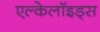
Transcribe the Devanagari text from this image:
एल्केलॉइड्स